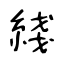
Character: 綫